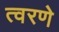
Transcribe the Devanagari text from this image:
त्वरणे